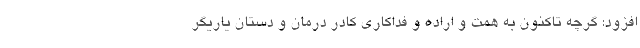
افزود: گرچه تاکنون به‌ همت و اراده و فداکاری کادر درمان و دستان یاریگر